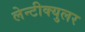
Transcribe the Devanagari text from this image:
लेन्टीक्युलर